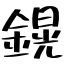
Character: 鎤